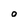
Character: 0